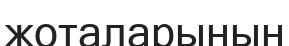
жоталарынын